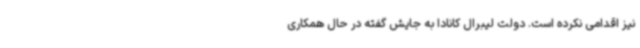
نیز اقدامی نکرده است. دولت لیبرال کانادا به جایش گفته در حال همکاری